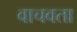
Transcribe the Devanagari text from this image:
वाचवता